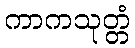
ကာကသုတ္တံ